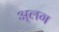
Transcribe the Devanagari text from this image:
अ्लग